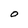
Character: 0